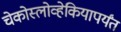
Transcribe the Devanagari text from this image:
चेकोस्लोव्हेकियापर्यंत